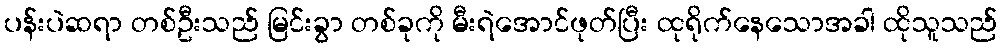
ပန်းပဲဆရာ တစ်ဦးသည် မြင်းခွာ တစ်ခုကို မီးရဲအောင်ဖုတ်ပြီး ထုရိုက်နေသောအခါ ထိုသူသည်